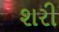
શરી